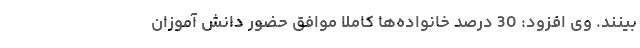
‌بینند. وی افزود: 30 درصد خانواده‌ها کاملا موافق حضور دانش آموزان